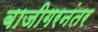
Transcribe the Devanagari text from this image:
बाजीगरनंतर